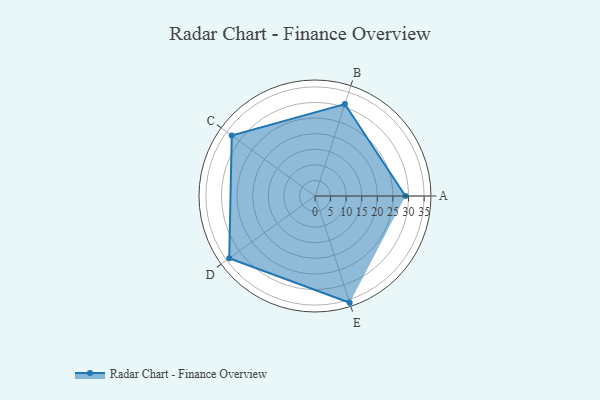
{"axis": {"x": "Skill", "y": "Score"}, "legend": ["Profile"], "data": [{"x": "A", "y": 29.0, "type": "Profile"}, {"x": "B", "y": 31.0, "type": "Profile"}, {"x": "C", "y": 33.0, "type": "Profile"}, {"x": "D", "y": 34.0, "type": "Profile"}, {"x": "E", "y": 36.0, "type": "Profile"}]}